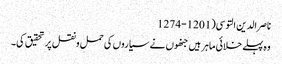
ناصر الدین التوسی(1201-1274
وہ پہلے خلائی ماہر ہیں جنھوں نے سیاروں کی حمل ونقل پر تحقیق کی۔